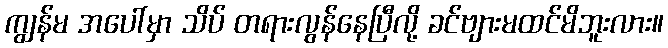
ကျွန်မ အပေါ်မှာ သိပ် တရားလွန်နေပြီလို့ ခင်ဗျားမထင်မိဘူးလား။